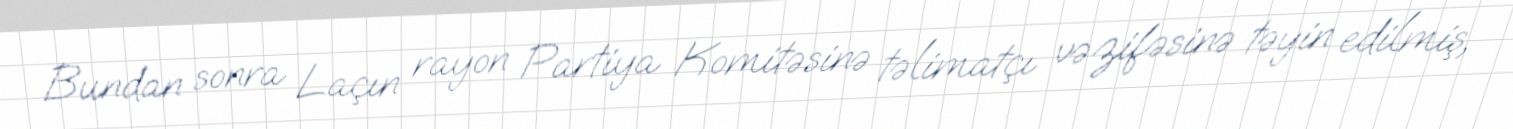
Bundan sonra Laçın rayon Partiya Komitəsinə təlimatçı vəzifəsinə təyin edilmiş,